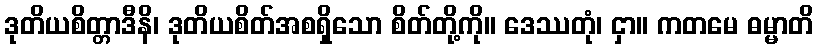
ဒုတိယစိတ္တာဒီနိ၊ ဒုတိယစိတ်အစရှိသော စိတ်တို့ကို။ ဒေဿတုံ၊ ငှာ။ ကတမေ ဓမ္မာတိ